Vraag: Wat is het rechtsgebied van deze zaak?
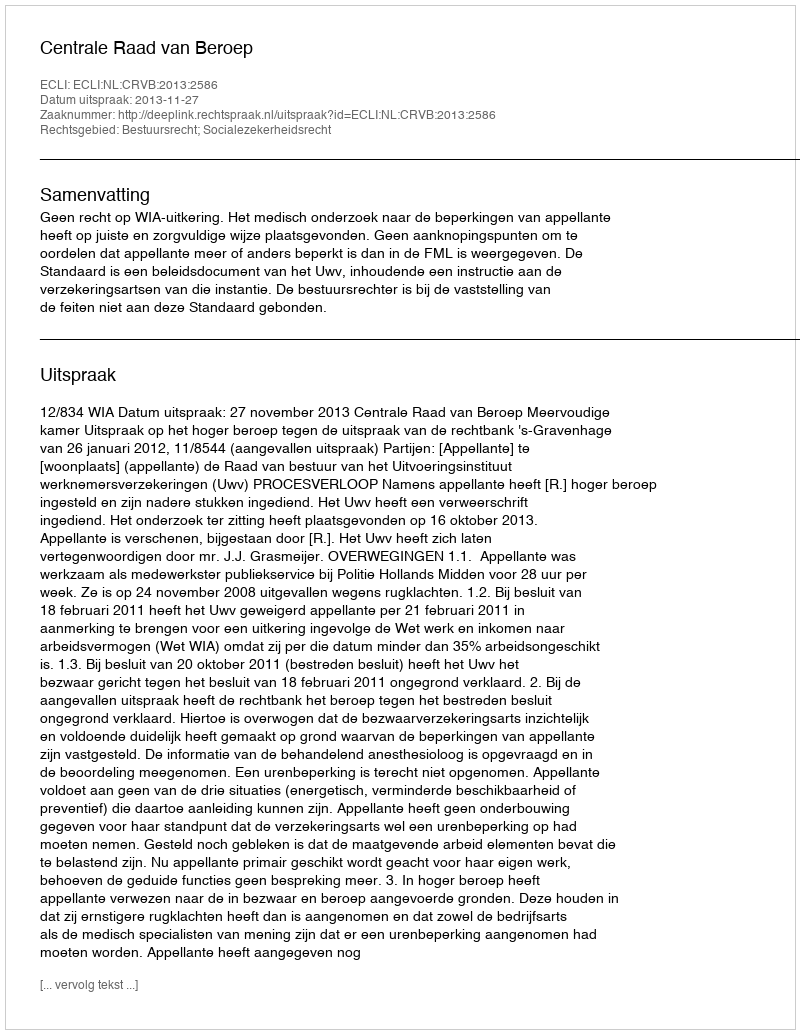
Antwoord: Bestuursrecht; Socialezekerheidsrecht